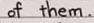
of them.